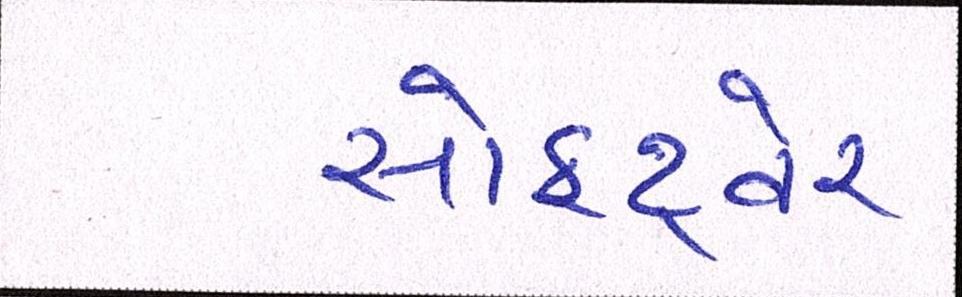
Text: સોફ્ટવેર